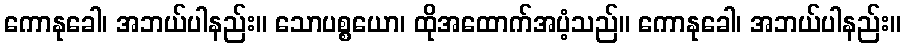
ကောနုခေါ၊ အဘယ်ပါနည်း။ သောပစ္စယော၊ ထိုအထောက်အပံ့သည်။ ကောနုခေါ၊ အဘယ်ပါနည်း။